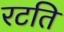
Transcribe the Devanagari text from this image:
रटति